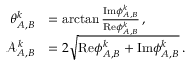
\begin{array} { r l } { \theta _ { A , B } ^ { k } } & { = \arctan \frac { \mathrm { I m } { \phi } _ { A , B } ^ { k } } { \mathrm { R e } { \phi } _ { A , B } ^ { k } } \, , } \\ { \mathcal { A } _ { A , B } ^ { k } } & { = 2 \sqrt { \mathrm { R e } { \phi } _ { A , B } ^ { k } + \mathrm { I m } { \phi } _ { A , B } ^ { k } } \, . } \end{array}